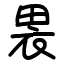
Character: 𫞫